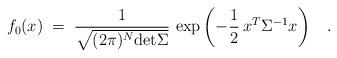
LaTeX: \begin{align*}f_0(x) \;=\; \frac{1}{\sqrt{(2 \pi)^N \mbox{det}\Sigma}} \, \exp \left(-\frac{1}{2} \, x^T \Sigma^{-1} x\right) \;\;\;.\end{align*}